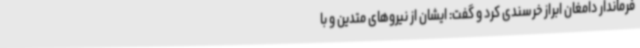
فرماندار دامغان ابراز خرسندی کرد و گفت: ایشان از نیروهای متدین و با